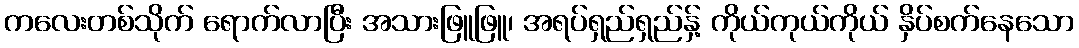
ကလေးတစ်သိုက် ရောက်လာပြီး အသားဖြူဖြူ၊ အရပ်ရှည်ရှည်နှ့် ကိုယ်ကုယ်ကိုယ် နှိပ်စက်နေသော